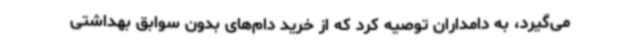
می‌گیرد، به دامداران توصیه کرد که از خرید دام‌های بدون سوابق بهداشتی